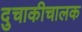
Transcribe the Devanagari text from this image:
दुचाकीचालक